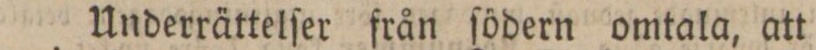
Underrättelſer från ſödern omtala, att